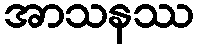
အာသနဿ